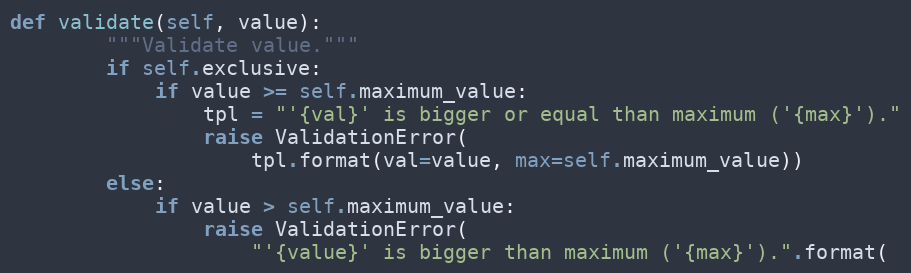
Language: Python
def validate(self, value):
        """Validate value."""
        if self.exclusive:
            if value >= self.maximum_value:
                tpl = "'{val}' is bigger or equal than maximum ('{max}')."
                raise ValidationError(
                    tpl.format(val=value, max=self.maximum_value))
        else:
            if value > self.maximum_value:
                raise ValidationError(
                    "'{value}' is bigger than maximum ('{max}').".format(